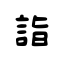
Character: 詣